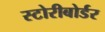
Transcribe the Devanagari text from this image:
स्टोरीबोर्डर